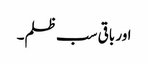
اور باقی سب ظلم۔